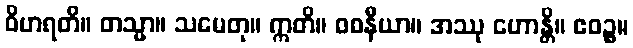
ဝိဟရတိ။ တသ္မာ။ သမေတု။ ဣတိ။ ဝစနီယာ။ အဿု ဟောန္တိ။ ဧဝဉ္စ။